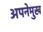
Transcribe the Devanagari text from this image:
अपनेमुख